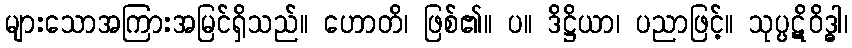
များသောအကြားအမြင်ရှိသည်။ ဟောတိ၊ ဖြစ်၏။ ပ။ ဒိဋ္ဌိယာ၊ ပညာဖြင့်။ သုပ္ပဋိဝိဒ္ဓါ၊